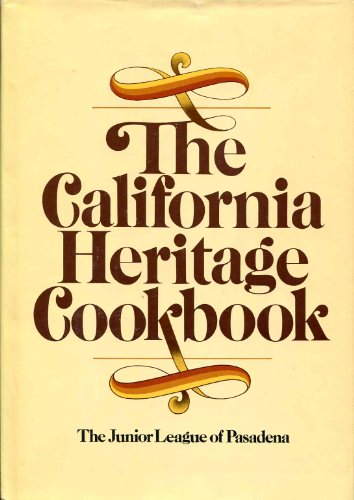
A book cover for The California Heritage Cookbook; Cookbooks, Food & Wine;